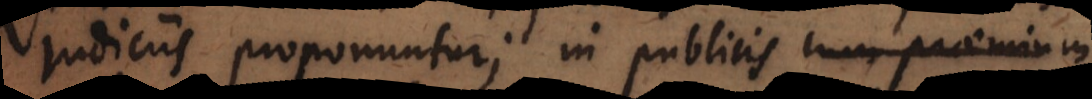
judiciis proponuntur; in publicis cum praemium